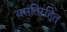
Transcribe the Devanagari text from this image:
वसतिरहित